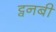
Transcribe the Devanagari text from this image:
ट्वनबी